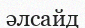
әлсайд